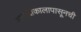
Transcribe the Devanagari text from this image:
अनादीकालापासूनची